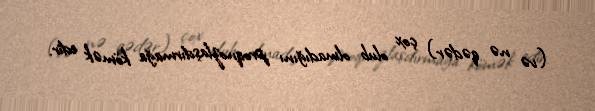
(və nə qədər) çox olub olmadığını proqnozlaşdırmağa kömək edir.